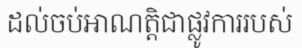
ដល់ចប់អាណត្តិជាផ្លូវការរបស់